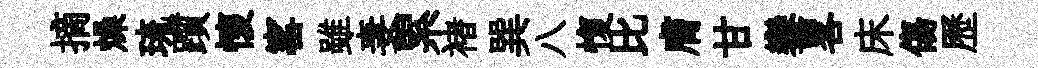
摘燥琉躓懷窰雖妻累褚巽八愎比膚甘鑾畧床傷歷